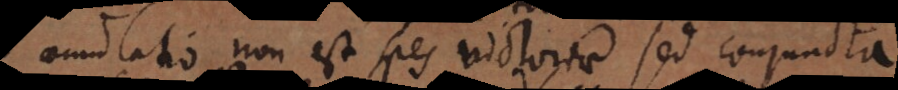
aemulatio non est spes victoriae sed conjuncta